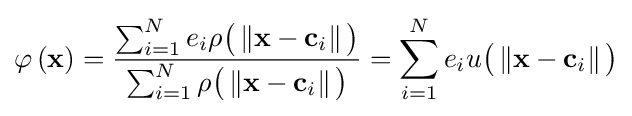
\varphi \left(\mathbf {x} \right)={\frac {\sum _{i=1}^{N}e_{i}\rho {\big (}\left\Vert \mathbf {x} -\mathbf {c} _{i}\right\Vert {\big )}}{\sum _{i=1}^{N}\rho {\big (}\left\Vert \mathbf {x} -\mathbf {c} _{i}\right\Vert {\big )}}}=\sum _{i=1}^{N}e_{i}u{\big (}\left\Vert \mathbf {x} -\mathbf {c} _{i}\right\Vert {\big )}